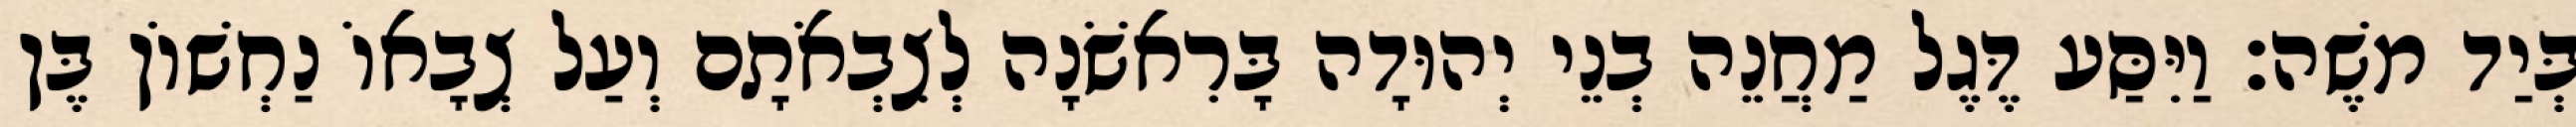
בְּיַד משֶׁה׃ וַיִּסַּע דֶּגֶל מַחֲנֵה בְנֵי יְהוּדָה בָּרִאשֹׁנָה לְצִבְאֹתָם וְעַל צְבָאוֹ נַחְשׁוֹן בֶּן